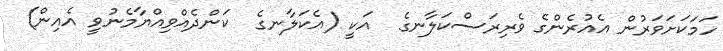
ހަމަކަށަވަރުން އެއުރެންގެ ވެރިރަސްކަލާނގެ  އަކީ (އެކަލާނގެ  ކަންދެއްވިއްޔާމެނުވީ އެއިން)